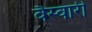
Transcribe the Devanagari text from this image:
वैस्वारी